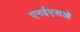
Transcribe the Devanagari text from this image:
एनईएसओ